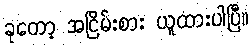
ခုတော့ အငြိမ်းစား ယူထားပါပြီ။